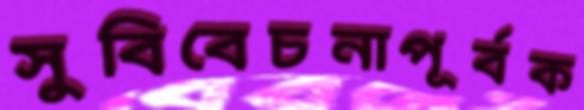
সুবিবেচনাপূর্বক